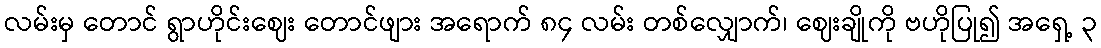
လမ်းမှ တောင် ရွာဟိုင်းဈေး တောင်ဖျား အရောက် ၈၄ လမ်း တစ်လျှောက်၊ ဈေးချိုကို ဗဟိုပြု၍ အရှေ့ ၃